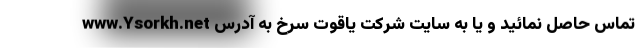
تماس حاصل نمائید و یا به سایت شرکت یاقوت سرخ به آدرس www.Ysorkh.net